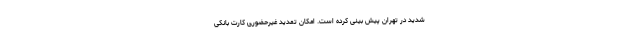
شدید در تهران پیش بینی کرده است. امکان تمدید غیرحضوری کارت‌ بانکی